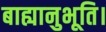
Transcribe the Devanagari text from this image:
बाह्यानुभूति।